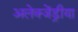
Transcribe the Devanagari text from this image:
अलेक्जेंड्रीया